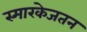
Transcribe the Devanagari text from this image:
स्मारकेजतन